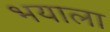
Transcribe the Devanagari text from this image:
भयाला